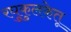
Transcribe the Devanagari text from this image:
रघुकुलकेतू